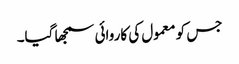
جس کو معمول کی کاروائی سمجھا گیا۔